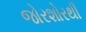
જોરશોરથી